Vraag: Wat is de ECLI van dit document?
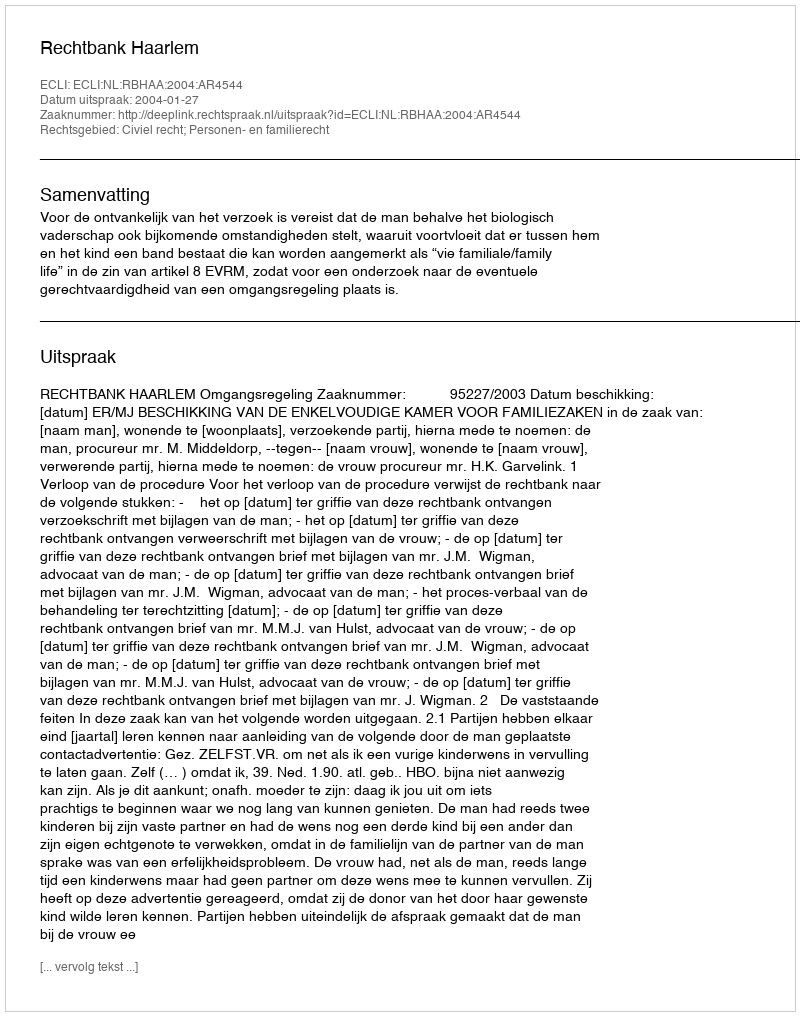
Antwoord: ECLI:NL:RBHAA:2004:AR4544